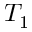
T _ { 1 }